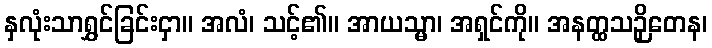
နှလုံးသာရွှင်ခြင်းငှာ။ အလံ၊ သင့်၏။ အာယသ္မာ၊ အရှင်ကို။ အနတ္ထသဉှိတေန၊